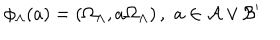
LaTeX: \phi _ { \Lambda } ( a ) = \left( \Omega _ { \Lambda } , a \Omega _ { \Lambda } \right) , \, \, a \in \mathcal { A } \vee \mathcal { B } ^ { \prime }